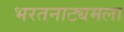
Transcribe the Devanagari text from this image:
भरतनाट्यमला